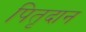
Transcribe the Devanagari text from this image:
पितृदान